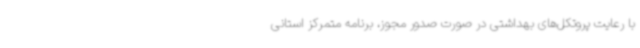
با رعایت پروتکل‌های بهداشتی در صورت صدور مجوز، برنامه متمرکز استانی